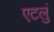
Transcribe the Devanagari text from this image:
एटलुं